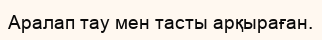
Аралап тау мен тасты арқыраған.